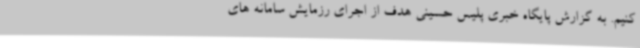
کنیم. به گزارش پایگاه خبری پلیس حسینی هدف از اجرای رزمایش سامانه های